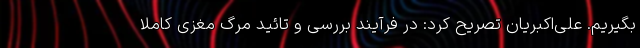
بگیریم. علی‌اکبریان تصریح کرد: در فرآیند بررسی و تائید مرگ مغزی کاملاٌ